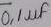
Text: 0,1µF